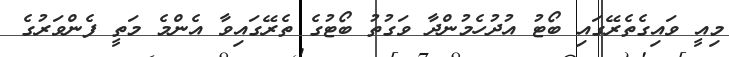
މިއީ ވައިގެތެރޭގައި ބޯޓު އުދުހެމުންދާ ވަގުތު ބޯޓުގެ ތެރޭގައިވާ އެންމެ މަތީ ފެންވަރުގެ